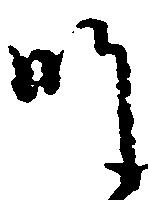
師